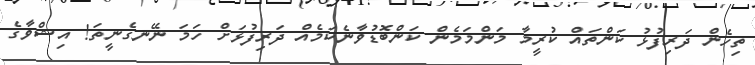
ތިހެން ދަރިފުޅު ކަންތައް ކުރީމާ މަންމަމެން ކަންބޮޑުވާނެކަމެއް ދަރިފުޅަށް ހަމަ ނޭނގެނީތަ! އިޝްވާގެ